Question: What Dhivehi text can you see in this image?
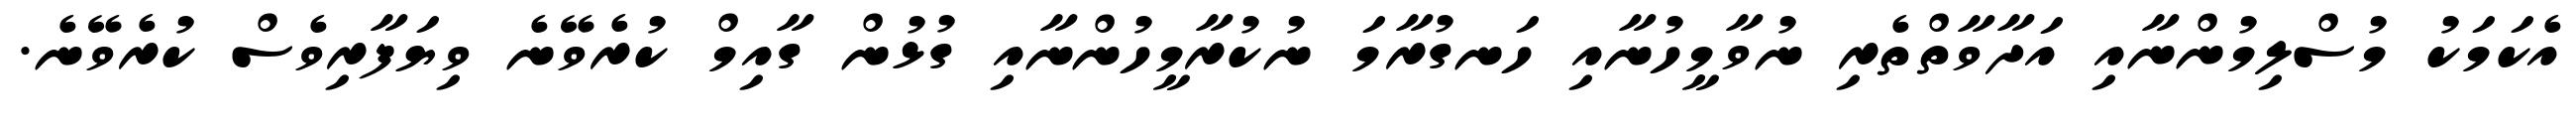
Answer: އެކަމަކު މުސްލިމުންނާއި އަދާވާތްތެރި ނުވާމީހުނާއި ހަނގުރާމަ ނުކުރާމީހުންނާއި ގުޅުން ގާއިމް ކުރެވޭނެ ވިޔަފާރިވެސް ކުރެވޭނެ.